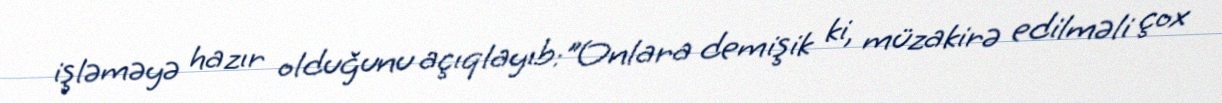
işləməyə hazır olduğunu açıqlayıb:"Onlara demişik ki, müzakirə edilməli çox